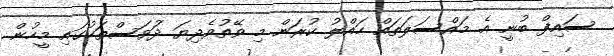
ސައިފް ބުނީ އެ މައްސަލަތައް ހައްލު ކުރަން މި ވޭތުވެދިޔަ ދުަވަސްތަކުގައި މީހުން